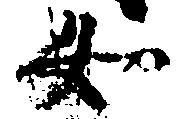
女